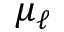
\mu _ { \ell }